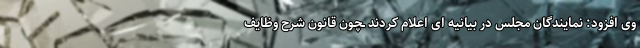
وی افزود: نمایندگان مجلس در بیانیه ای اعلام کردند ـچون قانون شرح وظایف